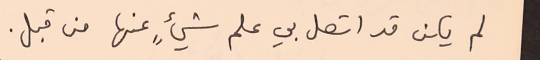
لم يكن قد اتصل بي علم شيءٍ عنها من قبل.